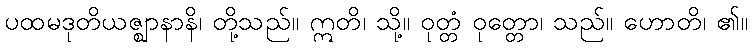
ပထမဒုတိယဇ္ဈာနာနိ၊ တို့သည်။ ဣတိ၊ သို့။ ဝုတ္တံ ဝုတ္တော၊ သည်။ ဟောတိ၊ ၏။